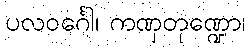
ပလဝင်္ဂေါ၊ ကဏှတုဏ္ဍော၊